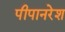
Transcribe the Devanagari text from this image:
पीपानरेश